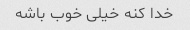
خدا کنه خیلی خوب باشه